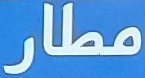
مطار